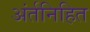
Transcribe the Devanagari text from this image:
अंर्तनिहित